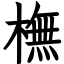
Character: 橅